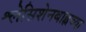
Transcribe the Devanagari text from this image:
श्लेसिशेनबाह्नच्या